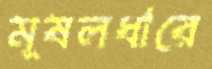
মূষলধারে